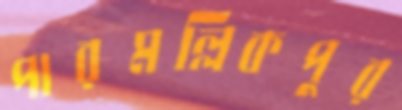
পারমল্লিকপুর